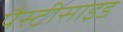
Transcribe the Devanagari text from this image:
पैस्टीसाइड